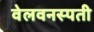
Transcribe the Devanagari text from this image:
वेलवनस्पती